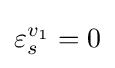
\varepsilon _{s}^{v_{1}}=0